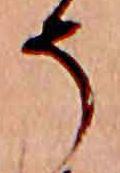
そ